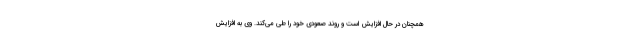
همچنان در حال افزایش است و روند صعودی خود را طی می‌کند. وی به افزایش